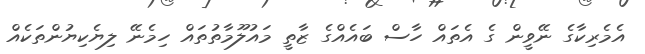
އެމެރިކާގެ ނޭވީން ގެ އެތައް ހާސް ބައެއްގެ ޒާތީ މައުލޫމާތުތައް ހިމެނޭ ލިޔެކިޔުންތަކެއް